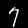
Digit: 7